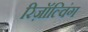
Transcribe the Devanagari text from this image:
रिज़ॉल्विंग